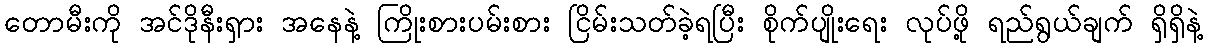
တောမီးကို အင်ဒိုနီးရှား အနေနဲ့ ကြိုးစားပမ်းစား ငြိမ်းသတ်ခဲ့ရပြီး စိုက်ပျိုးရေး လုပ်ဖို့ ရည်ရွယ်ချက် ရှိရှိနဲ့